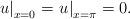
LaTeX: \begin{align*}{\left. u \right|_{x = 0}} = {\left. u \right|_{x = \pi }} = 0. \end{align*}